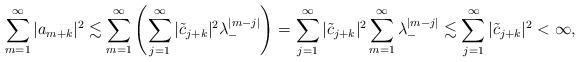
LaTeX: \begin{align*}\sum_{m=1}^{\infty}|a_{m+k}|^{2} \lesssim \sum_{m=1}^{\infty} \left(\sum_{j=1}^{\infty}|\tilde{c}_{j+k}|^{2}\lambda_{-}^{|m-j|}\right)= \sum_{j=1}^{\infty}|\tilde{c}_{j+k}|^{2} \sum_{m=1}^{\infty}\lambda_{-}^{|m-j|} \lesssim \sum_{j=1}^{\infty}|\tilde{c}_{j+k}|^{2} < \infty,\end{align*}